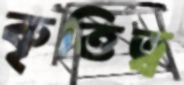
কৃত্তিত্ব